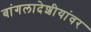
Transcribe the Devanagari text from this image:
बांगलादेशीयांवर